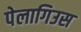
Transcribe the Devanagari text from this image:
पेलागिउस